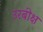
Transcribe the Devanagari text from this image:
उरबीक्ष